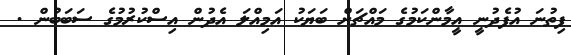
ފިތުނަ އުފެދުނީ އީމާންކަމުގެ މައްޗަށް ބަޔަކު އަމިއްލަ އެދުން އިސްކުރުމުގެ ސަބަބުން .